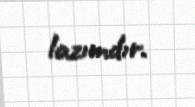
lazımdır.